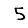
Digit: 5